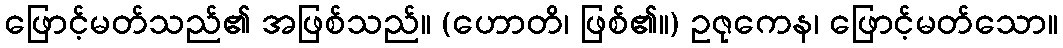
ဖြောင့်မတ်သည်၏ အဖြစ်သည်။ (ဟောတိ၊ ဖြစ်၏။) ဥဇုကေန၊ ဖြောင့်မတ်သော။